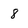
Character: 8